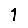
Digit: 1